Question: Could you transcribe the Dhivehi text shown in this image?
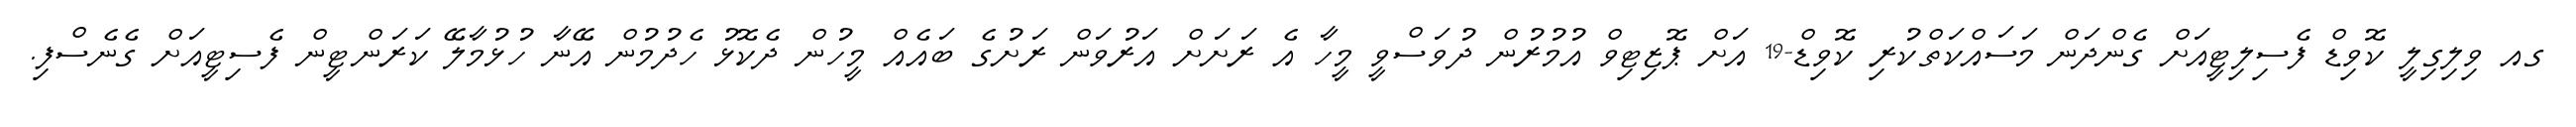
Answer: ގއ ވިލިގިލީ ކޮވިޑް ފެސިލިޓީއަށް ގެންދަން މަސައްކަތްކުރި ކޮވިޑް-19 އަށް ޕޮޒިޓިވް އުމުރުން ދުވަސްވީ މީހާ އެ ރަށަށް އަރުވަން ރަށުގެ ބައެއް މީހުން ދެކޮޅު ހެދުމުން އޭނާ ހުޅުމާލޭ ކަރަންޓީން ފެސިޓީއަށް ގެނެސްފި.